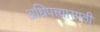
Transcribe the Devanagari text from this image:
अधिपत्त्यासाठी